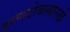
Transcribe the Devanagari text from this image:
हरणटोळसारखे